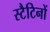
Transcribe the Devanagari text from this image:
स्टैटिनों